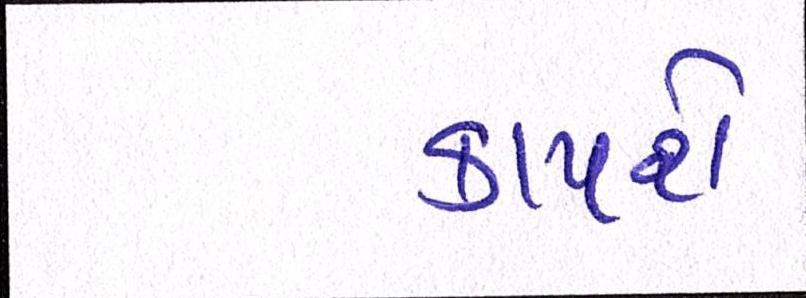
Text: કાપશે